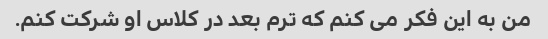
من به این فکر می کنم که ترم بعد در کلاس او شرکت کنم.